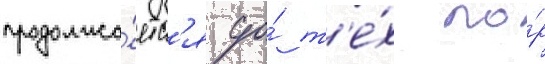
продолжа́етс'я до́ т'е́х по́р